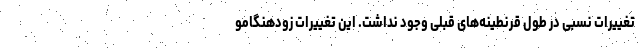
تغییرات نسبی در طول قرنطینه‌های قبلی وجود نداشت. این تغییرات زودهنگامو